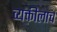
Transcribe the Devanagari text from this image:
व्यक्तीलाच